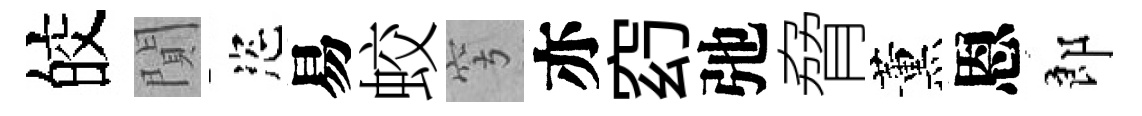
皎閴恣易蛟穹亦𥥆弛脅薰恩郎